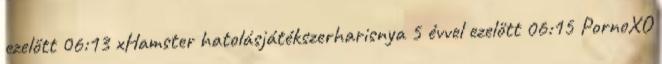
ezelőtt 06:13 xHamster hatolásjátékszerharisnya 5 évvel ezelőtt 06:15 PornoXO